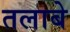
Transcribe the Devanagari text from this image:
तलाबे